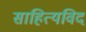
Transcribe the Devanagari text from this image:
साहित्यविद